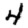
Digit: 4